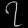
Digit: ၇